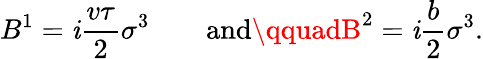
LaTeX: B^{1}=\mathit{i}{\frac{{v\tau}}{{2}}}\sigma^{3}\qquad\mathrm{{and}}\qquadB^{2}=\mathit{i}{\frac{{b}}{{2}}}\sigma^{3}.